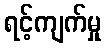
ရင့်ကျက်မှု